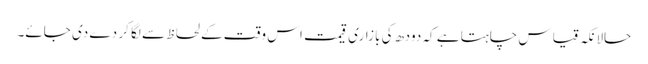
حالانکہ قیاس چاہتا ہے کہ دودھ کی بازاری قیمت اس وقت کے لحاظ سے لگا کر دے دی جائے۔